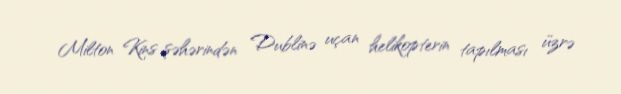
Milton Kins şəhərindən Dublinə uçan helikopterin tapılması üzrə